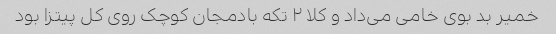
خمیر بد بوی خامی می‌داد و کلا ۲ تکه بادمجان کوچک روی کل پیتزا بود